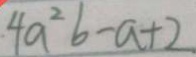
4 a ^ { 2 } b - a + 2